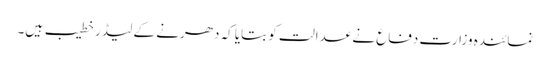
نمائندہ وزارت دفاع نے عدالت کو بتایا کہ دھرنے کے لیڈر خطیب ہیں۔